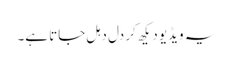
یہ ویڈیو دیکھ کر دل دہل جاتا ہے۔